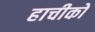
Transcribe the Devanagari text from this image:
हाचीको